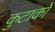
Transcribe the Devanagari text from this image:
कुटाको